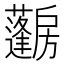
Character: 𱟨